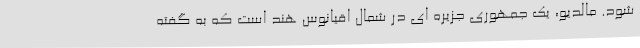
شود. مالدیو، یک جمهوری جزیره ای در شمال اقیانوس هند است که به گفته